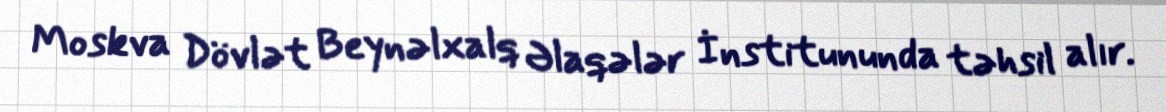
Moskva Dövlət Beynəlxalq Əlaqələr İnstitununda təhsil alır.